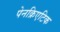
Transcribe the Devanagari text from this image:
पेनक्रिएटिक